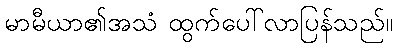
မာမီယာ၏အသံ ထွက်ပေါ်လာပြန်သည်။